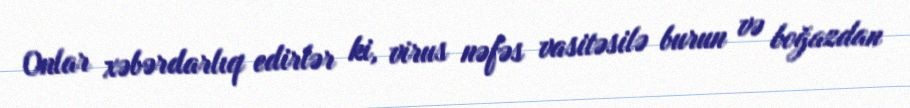
Onlar xəbərdarlıq edirlər ki, virus nəfəs vasitəsilə burun və boğazdan